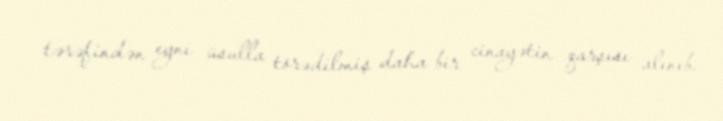
tərəfindən eyni üsulla törədilmiş daha bir cinayətin qarşısı alınıb.